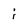
Character: i